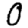
Digit: 0